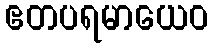
ဧတပရမာယေဝ